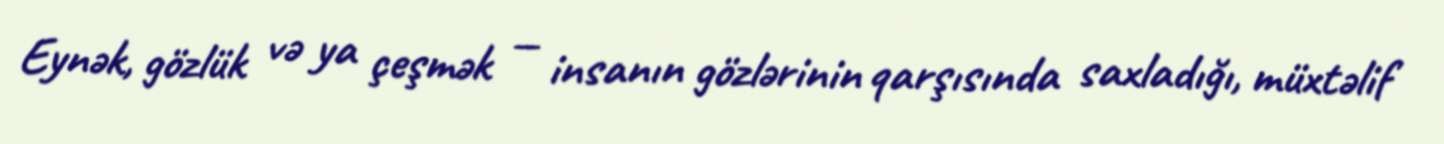
Eynək, gözlük və ya çeşmək — insanın gözlərinin qarşısında saxladığı, müxtəlif